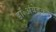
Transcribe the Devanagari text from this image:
डॉ॰अंबेडकर